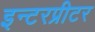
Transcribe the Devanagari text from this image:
इन्टरप्रीटर